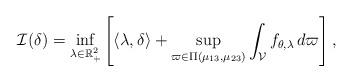
LaTeX: \begin{align*}\mathcal{I}(\delta) =\inf_{\lambda \in \mathbb{R}_{+}^2} \left[ \langle \lambda, \delta \rangle + \sup_{\varpi \in \Pi(\mu_{13}, \mu_{23})} \int_{\mathcal{V} }f_{\theta, \lambda} \, d \varpi \right],\end{align*}